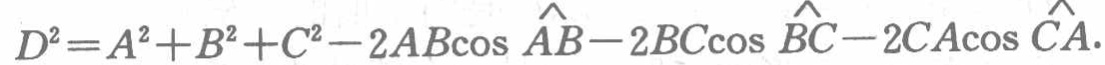
\(D^{2}=A^{2}+B^{2}+C^{2}-2AB\cos \widehat{AB}-2BC\cos \widehat{BC}-2CA\cos \widehat{CA}\)